Vaccination in Burma 1912-1922 - 1912-1922
Year: 1912
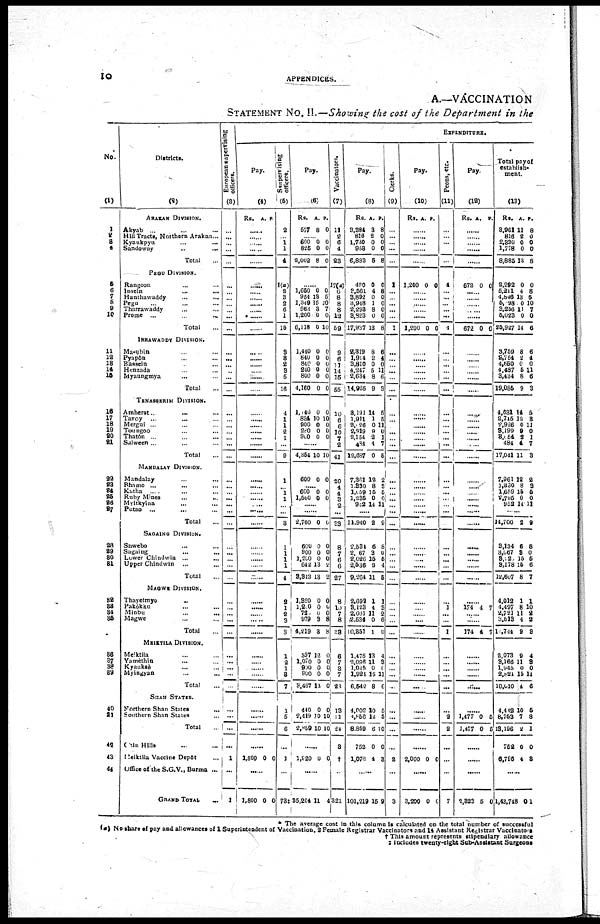
10
APPENDICES.
A.—VACCINATION
STATEMENT No. II.—Showing the cost of the Department in the
No.
(1)
1
2
3
4
5
6 7
8
9
10
11
12
13
14
15
16
17
18
19
20
21
22
23
24
25
26
27
28
29
30
31
32
33
34
35
36
37
38
39
40
41
42
43
44
Districts.
(2)
ARAKAN DIVISION.
Akyab ... ... ...
Hill Tracts, Northern Arakan ...
Kyaukpyu ... ...
Sandoway
..
...
Total ...
PEGU DIVISION.
Rangoon ... ...
Insein ... ...
Hanthawaddy ... ...
Pegu ... ... ...
Tharrawaddy ... ...
Prome ...
... ...
Total ...
IRRAWADDY DIVISION.
Ma-ubin ... ...
Pyapôn ... ...
Bassein ... ...
Henzada ... ...
Myaungmya ... ...
Total
TENASSIRIM DIVISION.
Amherst ... ... ...
Tavoy ... ... ...
Mergui ... ... ...
Toungoo ... ...
Thatôn ... ... ...
Salween ... ... ...
Total ...
MANDALAY DIVISION.
Mandalay ... ...
Bhamo ... ... ...
Katha
... ... ...
Ruby Mines ... ...
Myitkyina ... ...
Putao ... ... ...
Total ...
SAGAING DIVISION.
Shwebo ... ...
Sagain ... ...
Lower Chindwin ...
Upper Chindwin ...
Total ...
MAGWE DIVISION.
Thayetmyo
...
Pakôkku ... ...
Minbu ... ...
Magwe ... ...
Total ...
MEIKTILA DIVISION.
Meiktila ... ...
Yamèthin ... ...
Kyauksè ... ...
Myingyan
...
...
Total
SHAM STATES.
Northern Shan States
...
Southern Shan States ...
Total
Chin Hills ... ...
Meiktila Vaccine Depôt
Office of the S.G.V., Burma ...
GRAND TOTAL ...
European supervising
officers.
(3)
...
...
...
...
...
...
...
...
...
...
...
...
...
...
...
...
...
...
...
...
...
...
...
...
...
...
...
...
...
...
...
...
...
...
...
...
...
...
...
...
...
...
...
... ...
...
...
...
...
...
...
1
...
1
EXPENDITURE.
Pay.
(4)
Rs. A. P.
......
......
......
......
......
......
...... ......
......
......
......
......
......
......
......
...... ......
......
......
......
......
......
......
......
......
......
......
......
...... ......
......
......
......
......
......
......
......
......
......
...... ......
......
......
......
......
......
......
......
......
......
......
1,800 0 0
......
1,800 0 0
Supervising
officers.
(5)
2
... 1
1
4
1(a)
2 3
2
6
1
15
3
8
2
3
5
16
4
1
1
2
1
...
9
1
... 1
1
...
...
3
1
1
1
1
4
2
1
2
3
8
1
2
1
8
7
1
5
6
...
1
...
73‡
Pay.
(6)
Rs.
577
A.
8
P.
0
...... 600
825
2,002
0
0
8
0
0
0
......
1,650
964
1,349
963
1,200
6,118
0
13 15
3 0
0
0 5
10
7
0
10
1,440
840
840
240
800
4,160
0
0
0
0
0
0
0
0
0
0
0
0
1,140
834
900
260
900
0
10
0
0
0
0
10
0
0
0
......
4,354 10 10
600 0 0
......
600
l,560
0
0
0
0
......
......
2,760 0 0
600
900
1,200
642
3,342
0
0 0
13
13
0
0
0
2
2
1,320
1,200
723
979
4,219
0
0
0
3
3
0
0
0
8
8
597
1,070
990
900
3,467
12
0
0
0
12
0
0 0
0
0
440
2,419
2,859
0
10
10
0
10
10
......
1,920 0 0
......
35,204 11 4
Vaccinators.
(7)
11
2
6 4
23
17(a)
6 8
8
8
12
59
9
6
11
14
15
55
10
6
6
10
7
2
41
20
4 4
3
2
...
33
8
7
6
6
27
8
10
7
8
38
6
7
3
7
23
13
11
24
8
†
...
321
Pay.
(8)
Rs.
3,384
816
1,730
958
6,883
A.
3
2
0
0
5
P.
8
0
0
0
8
470
3,561
3 892
3,948
2,298
3,823
17,937
0
4
0 1
8
0
13
0
8
0
0
0
0
8
2,319
1,914
3,810
4,247
2,634
14,925
8
2
0
5
8
9
6
4
0
11
6
3
8,191
1,911
2,1 26
2,919
2,151
484
12,687
14
1
0
9
2
4
0
5
5
1
0
1
7
5
7,361
1,330
1,059
1,295
962
12
8
15
0
14
2
3 5
0
11
......
11,940 2 9
2 534
2,067
2,026
2,536
9,264
6
3
15
2
11
8
0
5
4
5
2,692
3,123
2,001
2,534
10,851
1
4
11
0
1
1
3
2
6
0
1,475
2,096
1,045
1,924
6,542
13
11
0
15
8
4
3
6
11
6
4,002
4,856
8,859
752
1,076
10
12
6
0
4
5
5
10
0
3
......
101,219 15 9
Clerks.
(9)
...
...
...
...
...
1
... ...
...
...
...
1
...
...
...
...
...
...
...
...
...
...
...
...
...
...
...
...
...
...
...
...
...
...
...
...
...
...
...
...
...
...
...
...
...
...
...
...
...
...
...
2
...
3
Pay.
(10)
Rs. A. P.
......
......
......
......
......
1,200 0 0
...... ......
......
......
......
1,200 0 0
......
......
......
......
......
......
......
......
......
......
......
......
......
......
......
......
......
......
......
......
......
......
......
......
......
......
......
...... ......
......
......
......
......
......
......
......
......
......
......
2,000 0 0
......
3,200 0 0
Peons, etc.
(11)
...
...
...
...
...
4
... ...
... ...
...
4
...
...
...
...
...
...
...
...
...
...
...
...
...
...
...
...
...
...
...
...
...
...
...
...
...
...
1
...
...
1
...
...
...
...
...
... 2
2
...
...
...
7
Pay.
(12)
Rs. A. P.
......
......
......
......
......
672 0 0
...... ......
......
......
......
672 0 0
......
......
......
......
......
......
......
......
......
......
......
......
......
......
...... ......
......
......
......
......
......
......
......
......
......
......
174 4 7
......
......
174 4 7
......
......
......
......
......
...... 1,477
1,477
0
0
6
5
......
......
......
2,323 5 0
Total pay of
establish-
ment.
(13)
Rs.
8,961
816
2,330
1,778
8,885
A.
11
2
0
0
13
P.
8
0
0
0
8
2,292
5,211
4,846
5,298
3,256
5,023
25,927
0
4
13
0
11
0
14
0
8
6
10
7
0
6
3,759
2,754
4,650
4,487
3,434
19,085
8
2
0
5
8
9
6
4
0
11 6
3
4,631
2,715
2,926
3,199
8,054
484
17,041
14
12
0
9
2
4
11
5
3
11
0
1
7
3
7,961
1,330
1,659
2,795
952
12
8
15
0
14
2
8
5
0
11
......
14,700 2 9
3,134
3,667
8,122
3,178
12,607
6
8
15
15
8
8
0
5
6
7
4,012
4,497
2,721
3,513
11,744
1
8
11
4
9
1
10
2
2
8
2,073
3,166
1,945
2,824
10,010
9
11
0
15
4
4
8
0
11
6
4,448
8,753
13,196
752
6,796
10
7
2
0
4
5
8
1
0
3
......
1,43,748 0 1
* The average cost in this column is calculated on the total number of successful
(a) No share of pay and allowances of 1 Superintendent of Vaccination. 2 Female Registrar Vaccinators and 14 Assistant Registrar Vaccinators
† This amount represents stipendiary allowance
‡ Includes twenty-eight Sub-Assistant Surgeons